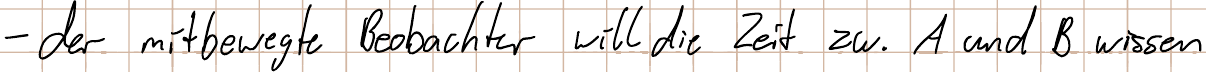
- der mitbewegte Beobachter will die Zeit zw. A und B wissen